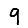
Digit: 9